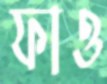
ফাও